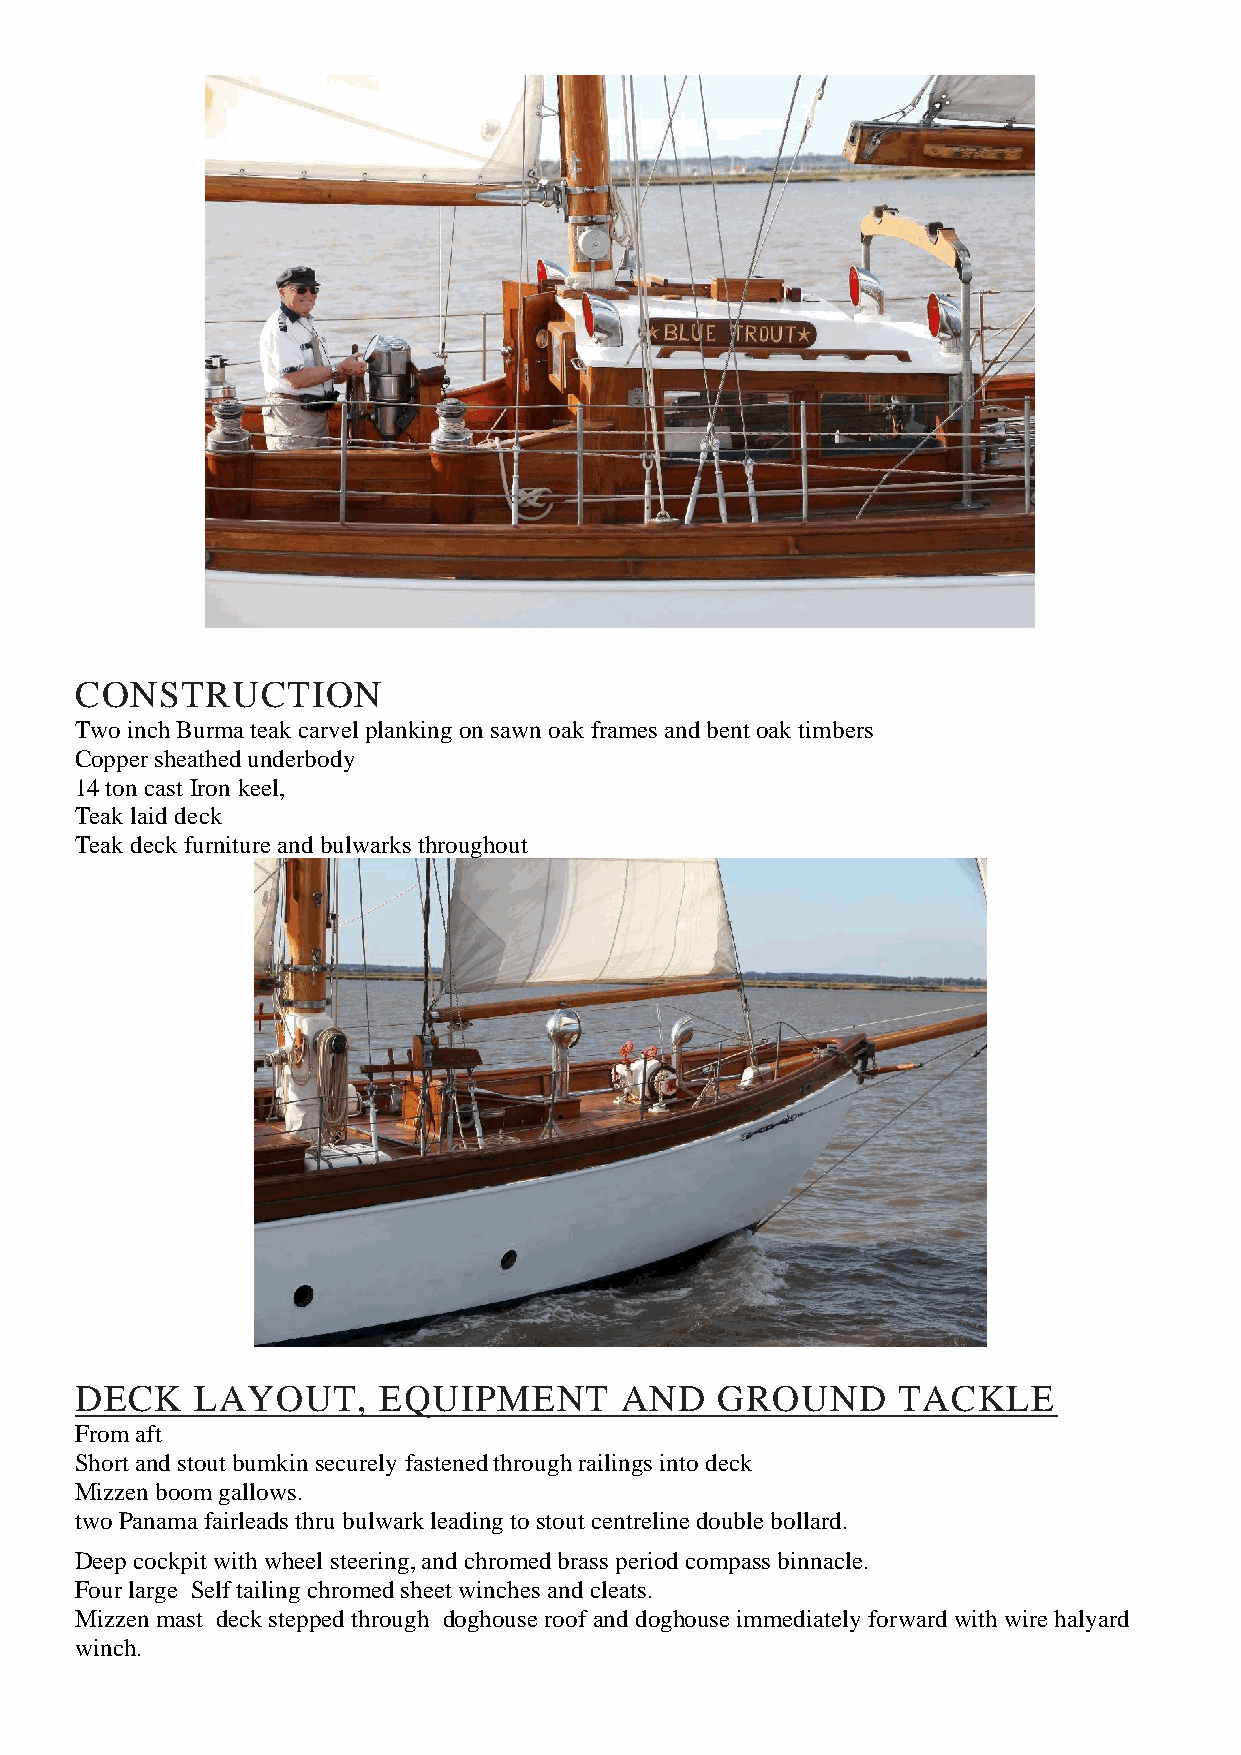
CONSTRUCTION
 Two inch Burma teak carvel planking on sawn oak frames and bent oak timbers
 Copper sheathed underbody
 14 ton cast Iron keel,
 Teak laid deck
 Teak deck furniture and bulwarks throughout
 DECK    LAYOUT,     EQUIPMENT       AND   GROUND      TACKLE
 From aft
 Short and stout bumkin securely fastened through railings into deck
 Mizzen boom gallows.
 two Panama fairleads thru bulwark leading to stout centreline double bollard.
 Deep cockpit with wheel steering, and chromed brass period compass binnacle.
 Four large Self tailing chromed sheet winches and cleats.
 Mizzen mast deck stepped through doghouse roof and doghouse immediately forward with wire halyard
 winch.